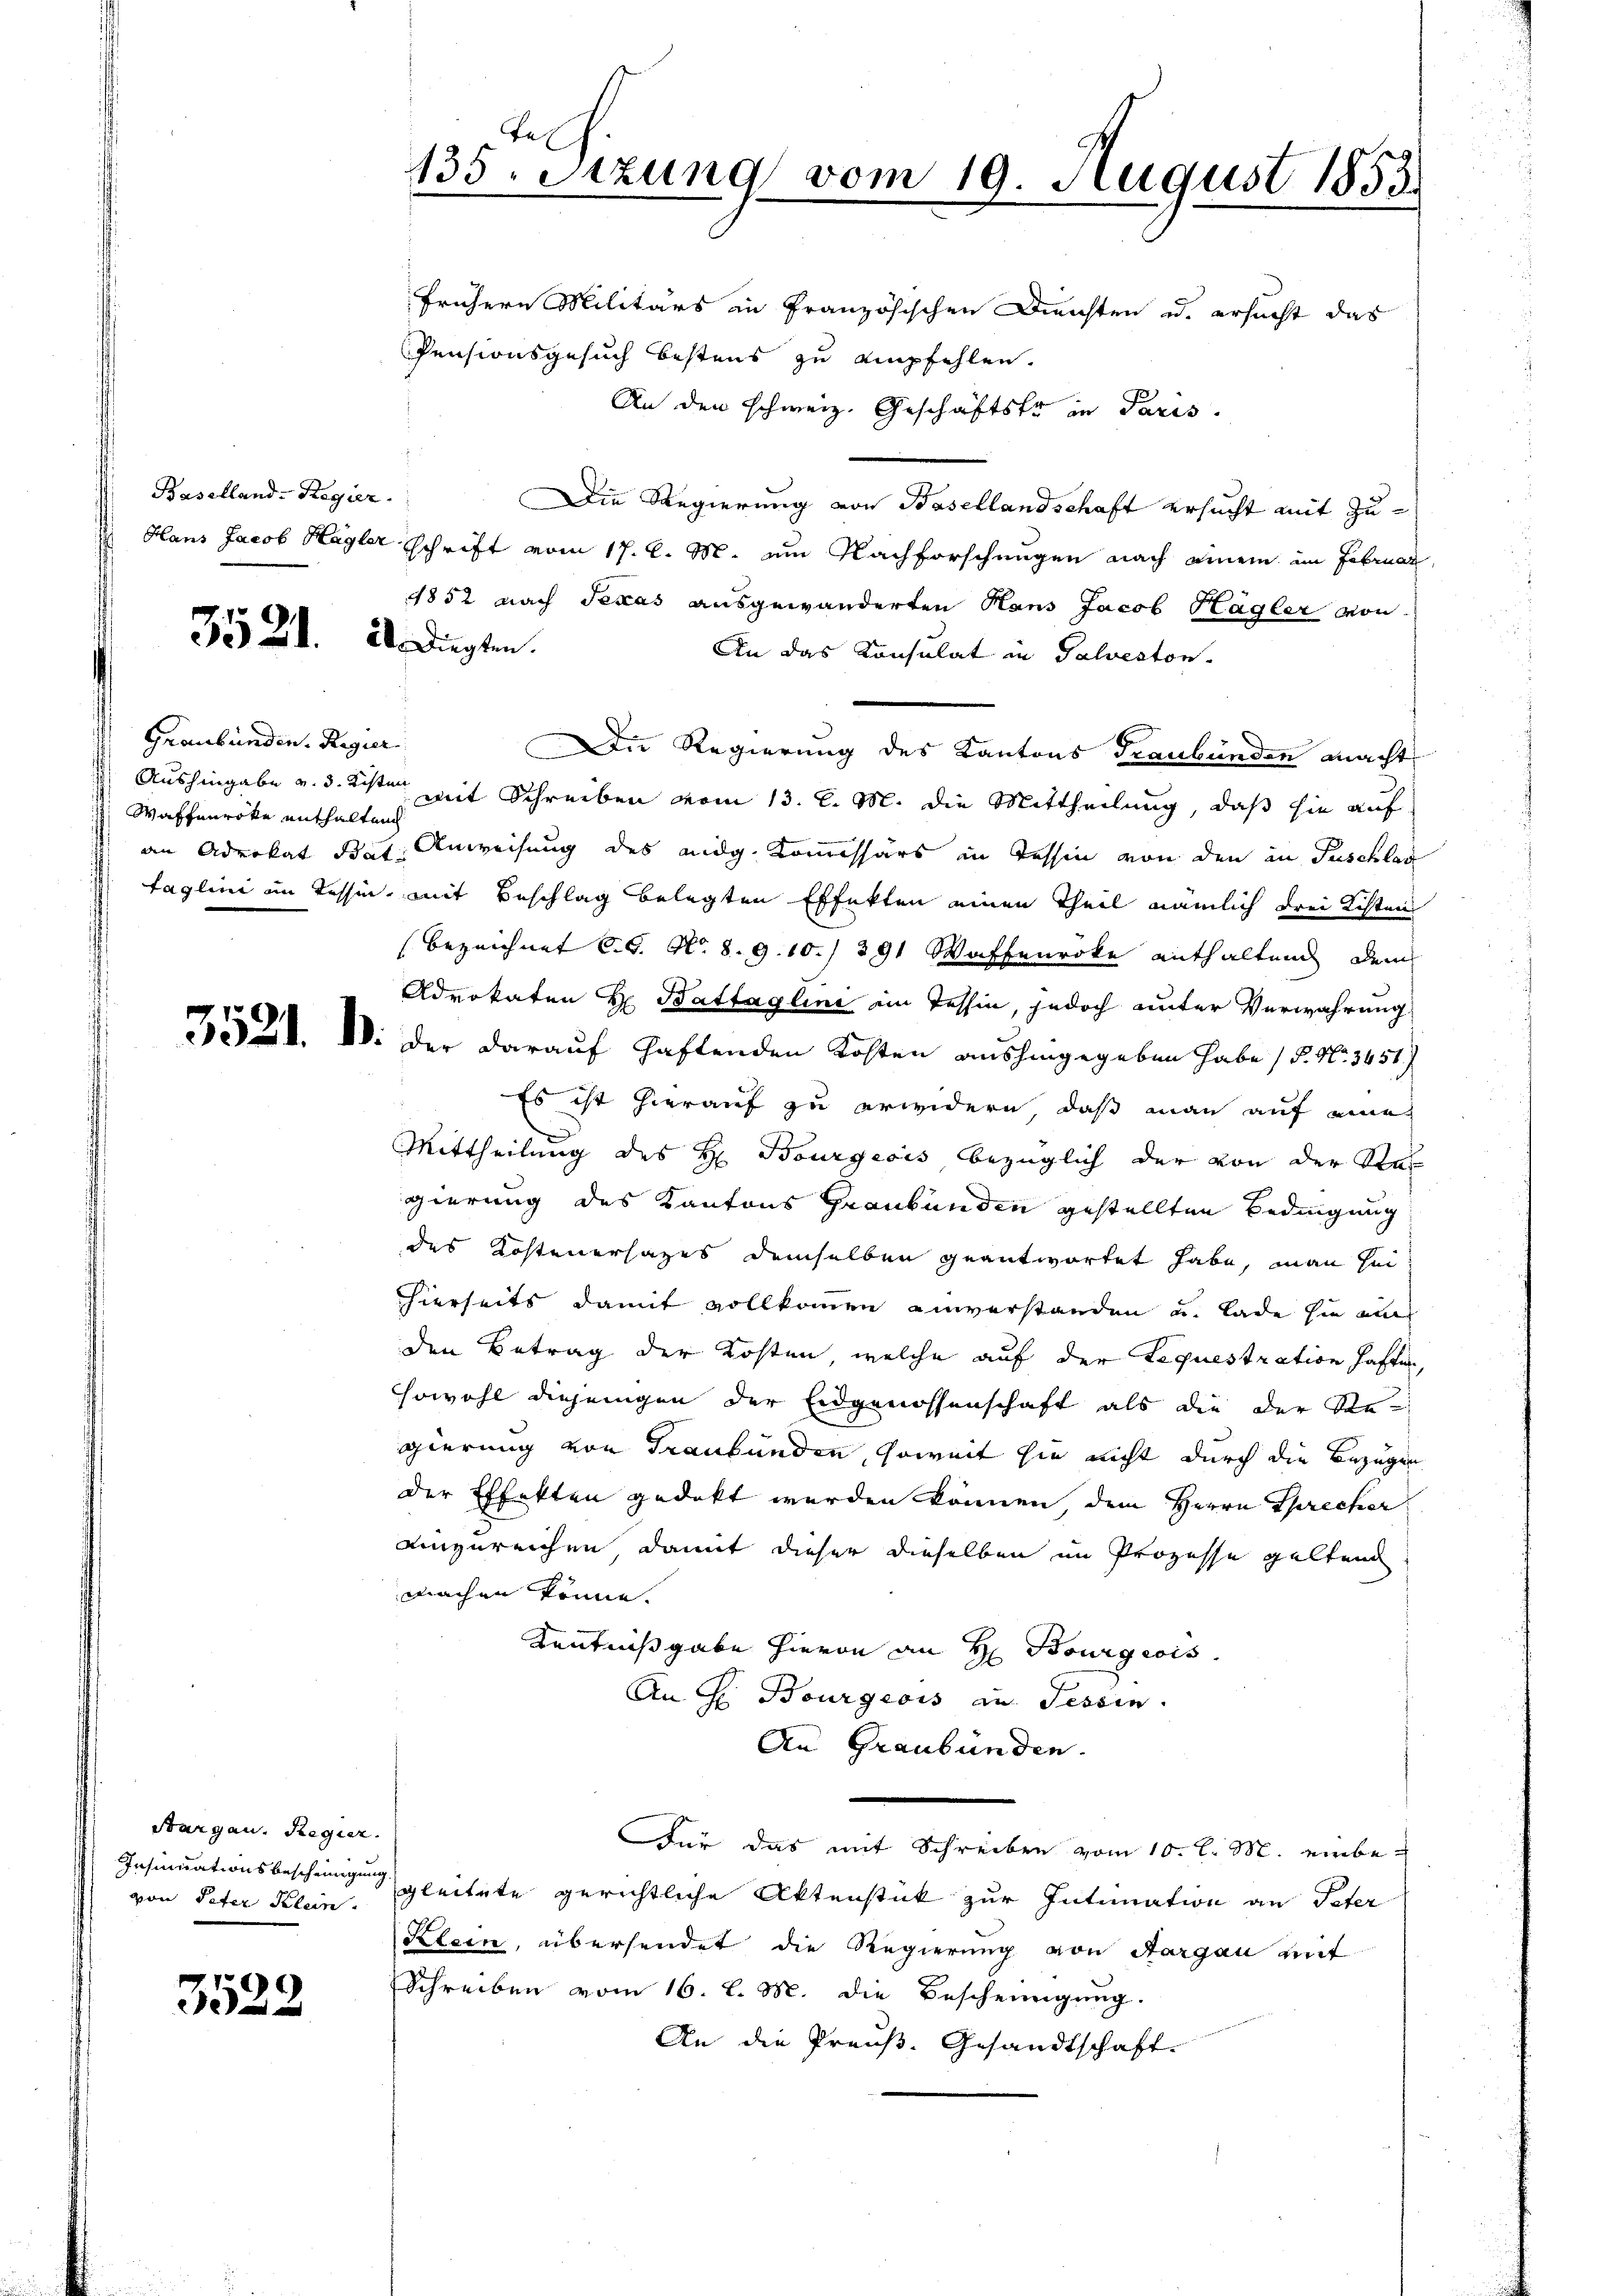
Baselland-Regier

Graubünden. Regier
Waffenrote enthaltend

3522

3521. 21. Digten.

frühern Militärs in Französischen Diensten u. ersucht das
Pensionsgesuch bestens zu empfehlen.
An den schweiz. Geschäftstr in Paris.
Die Regierung von Basellandschaft ersucht mit Zu¬
Hans Jacob Hagler Schrift vom 17. d. M. um Nachforschungen nach einem im Februar
1852 nach Texas ausgewänderten Hans Jacob Hagler von
An das Konsulat in Salveston-
Die Regierung des Kantons Graubünden macht
Aushingabe v. d. 1sten mit Schreiben vom 13. l. M. die Mittheilung, daß sie auf
an Advokat Bat. Anweisung des eidg. Kommissärs in Tessin von den in Fuschlag
taglini im Tessin, mit Beschlag belegten Effekten einen Theil nämlich drei Kisten
(bezeichnet C.G. N. 8. 9.10./ 391 Waffenroke enthaltend dem
Advokaten H. Battaglini im Tessin, jedoch unter Verwahrung
521. IV. der darauf haftenden Kosten aushingegeben habe / 5. No. 3451)
Es ist hierauf zu erwidern, daß man auf eine
Mittheilung des H. Bourgeois bezüglich der von der Stat
gierung des Kantons Graubünden gestellten Bedingung
des Kostenersages demselben geantwortet habe, man sei
hierseits damit vollkommen einverstanden u. Lade hie au
den Betrag der Kosten, welche auf der lequestration haften,
sowohl diejenigen der Eidgenossenschaft als die der Stegierung von Graubünden, soweit sie nicht durch die Bezugen
der Effekten gedekt werden können, dem Herrn Sprecher
einzureichen damit dieser dieselben im Prozesse geltend
machen könne.
Kenntnißgabe hievon an H. Bourgeois.
An G. Bourgeois au. Tessin.
An Graubünden.
Für das mit Schreiben vom 10. l. M. einbe¬
Insinuationsbeschringung gleitete gerichtliche Aktenstück zur Intimation an Peter
Klein, übersendet die Regierung von Aargau mit
Schreiben vom 16. l. M. die Bescheinigung.
An die Preuß. Gesandtschaft.

Aargau. Regier.
von Peter Klein.

135. Sitzung vom 19. August 1853.